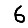
Digit: 6